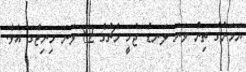
ޔަމަނުގެ ތިން ވަނަ ލަނޑު ޖެހީ މެޗުގެ 82 ވަނަ މިނިޓްގަ އެވެ.